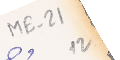
ME-21 12